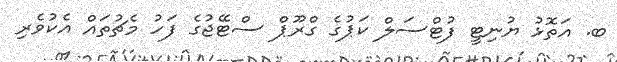
ބ. އަތޮޅު ޔުނިޓީ ފުޓްސަލް ކަޕުގެ ގްރޫޕް ސްޓޭޖުގެ ފަހު މެޗުތައް އެކުވެރި